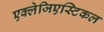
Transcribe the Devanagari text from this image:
एक्लेजिएस्टिकल